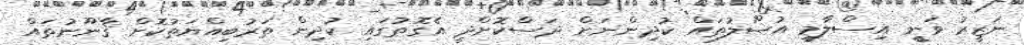
ނަޒީރު ވަނީީ އިސްލާމީ އުޞޫލުތައް ކުދިންނަށް ދަސްކޮށްދީ އެގޮތުގައި ކުދިން ތަރުބިއްޔަތުކޮށް ޤާނޫނުތައް